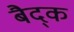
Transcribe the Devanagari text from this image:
बैद्क